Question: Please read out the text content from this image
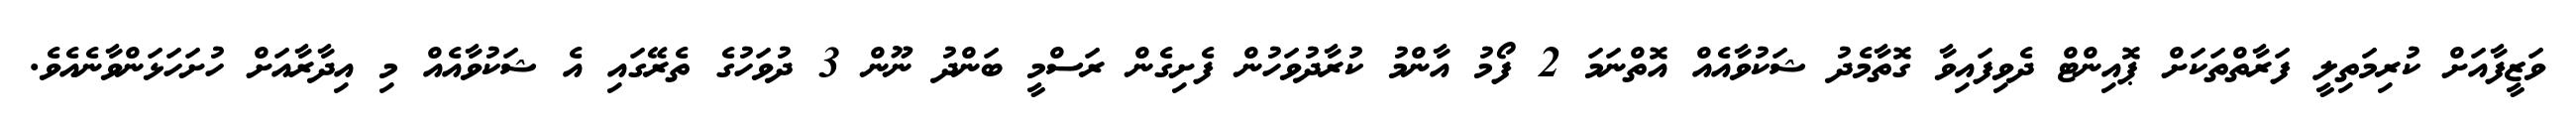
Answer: ވަޒީފާއަށް ކުރިމަތިލީ ފަރާތްތަކަށް ޕޮއިންޓް ދެވިފައިވާ ގޮތާމެދު ޝަކުވާއެއް އޮތްނަމަ 2 ފޯމު އާންމު ކުރާދުވަހުން ފެށިގެން ރަސްމީ ބަންދު ނޫން 3 ދުވަހުގެ ތެރޭގައި އެ ޝަކުވާއެއް މި އިދާރާއަށް ހުށަހަޅަންވާނެއެވެ.